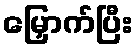
မြှောက်ပြီး